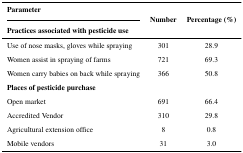
<table><thead><tr><td><b>Parameter</b></td><td rowspan="3"><b>Number</b></td><td rowspan="3"><b>Percentage (%)</b></td></tr><tr><td><b>Practices associated with pesticide use</b></td></tr></thead><tbody><tr><td>Use of nose masks, gloves while spraying</td><td>301</td><td>28.9</td></tr><tr><td>Women assist in spraying of farms</td><td>721</td><td>69.3</td></tr><tr><td>Women carry babies on back while spraying</td><td>366</td><td>50.8</td></tr><tr><td colspan="3"><b>Places of pesticide purchase</b></td></tr><tr><td>Open market</td><td>691</td><td>66.4</td></tr><tr><td>Accredited Vendor</td><td>310</td><td>29.8</td></tr><tr><td>Agricultural extension office</td><td>8</td><td>0.8</td></tr><tr><td>Mobile vendors</td><td>31</td><td>3.0</td></tr></tbody></table>